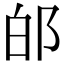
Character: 𨚮